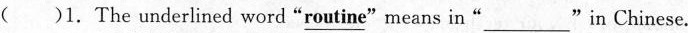
( )1. The underlined word "\underline{routine}"means in"___"in Chinese.